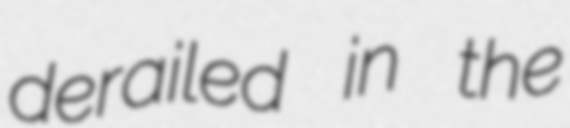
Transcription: derailed in the